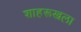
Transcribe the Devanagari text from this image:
शाहरूखला